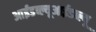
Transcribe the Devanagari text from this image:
आईडब्ल्यूआईडब्ल्यू